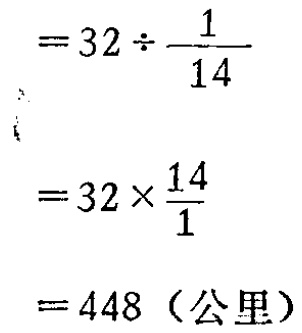
\[

\begin{align*}

&=32\div\frac{1}{14}\\

&=32\times\frac{14}{1}\\

& = 448 \text{（公里）}

\end{align*}

\]